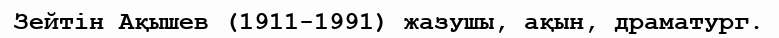
Зейтін Ақышев (1911-1991) жазушы, ақын, драматург.